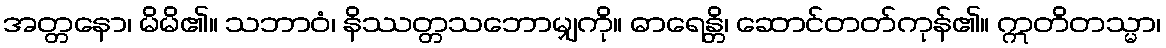
အတ္တနော၊ မိမိ၏။ သဘာဝံ၊ နိဿတ္တသဘောမျှကို။ ဓာရေန္တိ၊ ဆောင်တတ်ကုန်၏။ ဣတိတသ္မာ၊